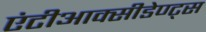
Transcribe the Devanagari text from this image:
एंटीआक्सीडेण्ट्स